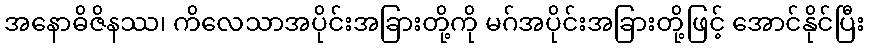
အနောဓိဇိနဿ၊ ကိလေသာအပိုင်းအခြားတို့ကို မဂ်အပိုင်းအခြားတို့ဖြင့် အောင်နိုင်ပြီး